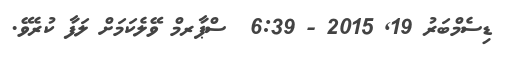
ޑިސެމްބަރު 19